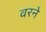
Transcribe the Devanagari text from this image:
वरने